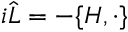
i { \hat { L } } = - \{ H , \cdot \}